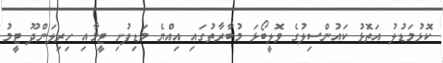
ކޮޅުމަޑުލު އަތޮޅު ކައުންސިލުގެ ވޮލީބޯޅަ މުބާރާތުގައި އިއްޔެ މަޑިފުށި ޓީމާއި ހިރިލަންދޫ ޓީމު